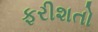
ફરીશતો